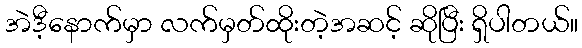
အဲဒီ့နောက်မှာ လက်မှတ်ထိုးတဲ့အဆင့် ဆိုပြီး ရှိပါတယ်။